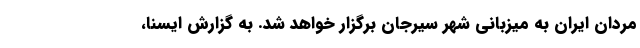
مردان ایران به میزبانی شهر سیرجان برگزار خواهد شد. به گزارش ایسنا،